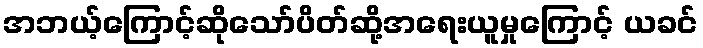
အဘယ့်ကြောင့်ဆိုသော်ပိတ်ဆို့အရေးယူမှုကြောင့် ယခင်